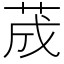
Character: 荿